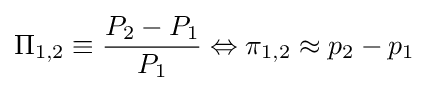
\Pi _{1,2}\equiv {\frac {P_{2}-P_{1}}{P_{1}}}\Leftrightarrow \pi _{1,2}\approx p_{2}-p_{1}